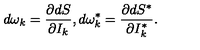
d \omega _ { k } = \frac { \partial d S } { \partial I _ { k } } , d \omega _ { k } ^ { * } = \frac { \partial d S ^ { * } } { \partial I _ { k } ^ { * } } .